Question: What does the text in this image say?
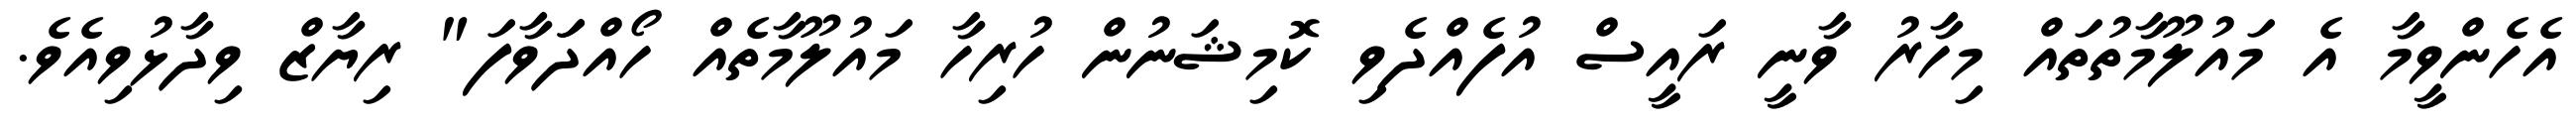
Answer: އެހެންވީމާ އެ މައުލޫމާތުތައް މިހާރު ވާނީ ރައީސް އުފެއްދެވި ކޮމިޝަނުން ހުރިހާ މައުލޫމާތެއް ހޯއްދަަވާފަ" ރިޔާޒް ވިދާޅުވިއެވެ.